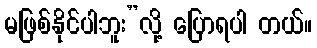
မဖြစ်နိုင်ပါဘူး”လို့ ပြောရပါ တယ်။